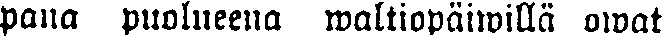
pana puolueena waltiopäiwillä owat